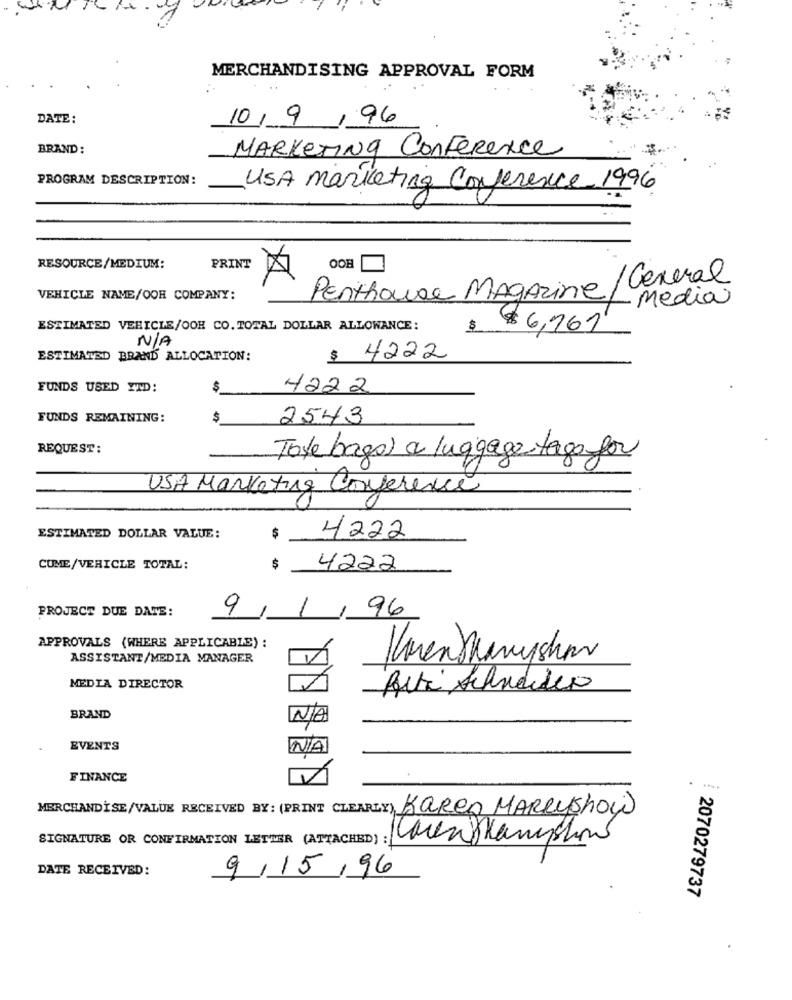
MERCHANDISING APPROVAL FORM
DATE:
10/9/96
BRAND:
MARKETING ConFerence
PROGRAM DESCRIPTION:
USA marketing Conference 1996
RESOURCE/MEDIUM:
PRINT
A
Penthouse Magazine / General
VEHICLE NAME/OOH COMPANY:
Media
ESTIMATED VEHICLE/OOH CO. TOTAL DOLLAR ALLOWANCE:
40
$ 6,761
ESTIMATED BRAND ALLOCATION:
$ 4222
FUNDS USED ITD:
$
4222
FUNDS REMAINING:
$
2543
REQUEST:
-
Tote bago) a luggage tago for
USA Marketing Conference
ESTIMATED DOLLAR VALUE:
$
4222
COME/VEHICLE TOTAL:
$
4222
PROJECT DUE DATE:
96
9
1
APPROVALS (WHERE APPLICABLE) :
ASSISTANT/MEDIA MANAGER
Imenthanyshev
MEDIA DIRECTOR
Arti Schneidero
BRAND
N
EVENTS
FINANCE
MERCHANDISE/VALUE RECEIVED BY: (PRINT CLEARLY) Karen MARRYshow
SIGNATURE OR CONFIRMATION LETTER (ATTACHED) : Wirskampction
DATE RECEIVED:
9/15/96
2070279737